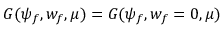
G ( \psi _ { f } , w _ { f } , \mu ) = G ( \psi _ { f } , w _ { f } = 0 , \mu )